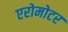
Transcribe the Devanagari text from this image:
एरोमोटर